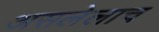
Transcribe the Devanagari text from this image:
असलेलाच